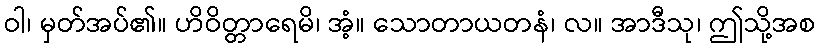
ဝါ၊ မှတ်အပ်၏။ ဟိဝိတ္တာရေမိ၊ အံ့။ သောတာယတနံ၊ လ။ အာဒီသု၊ ဤသို့အစ